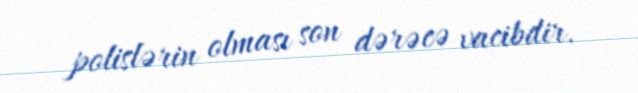
polislərin olması son dərəcə vacibdir.